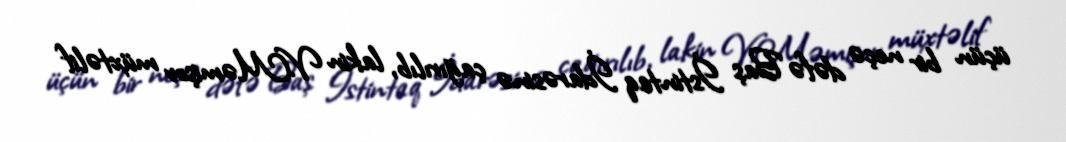
üçün bir neçə dəfə Baş İstintaq İdarəsinə çağırılıb, lakin V.Məmişov müxtəlif